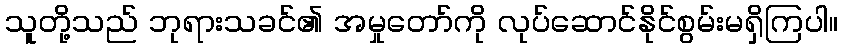
သူတို့သည် ဘုရားသခင်၏ အမှုတော်ကို လုပ်ဆောင်နိုင်စွမ်းမရှိကြပါ။